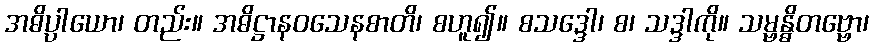
အဓိပ္ပါယော၊ တည်း။ အဓိဋ္ဌာနဝသေနစာတိ၊ စဟူ၍။ စသဒ္ဒေါ၊ စ၊ သဒ္ဒါကို။ သမ္ဗန္ဓိတဗ္ဗော၊